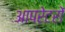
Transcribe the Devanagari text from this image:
आपरेटरों